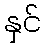
နှင်